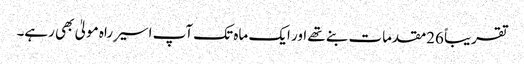
تقریباً 26مقدمات بنے تھے اور ایک ماہ تک آپ اسیر ِراہ مولیٰ بھی رہے۔